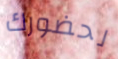
لحضورك